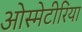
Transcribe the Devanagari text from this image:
ओस्मेटीरिया